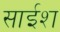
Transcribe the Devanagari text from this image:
साईश